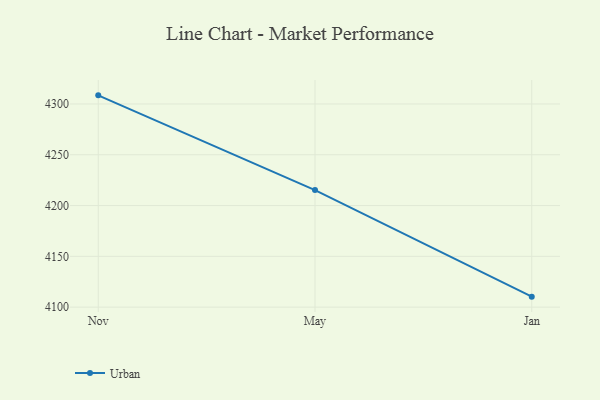
{"axis": {"x": "Month", "y": "Operating Costs (USD K)"}, "legend": ["Urban"], "data": [{"x": "Nov", "y": 4308.5, "type": "Urban"}, {"x": "May", "y": 4215.2, "type": "Urban"}, {"x": "Jan", "y": 4110.3, "type": "Urban"}]}